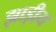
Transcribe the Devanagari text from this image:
झाड़ीय